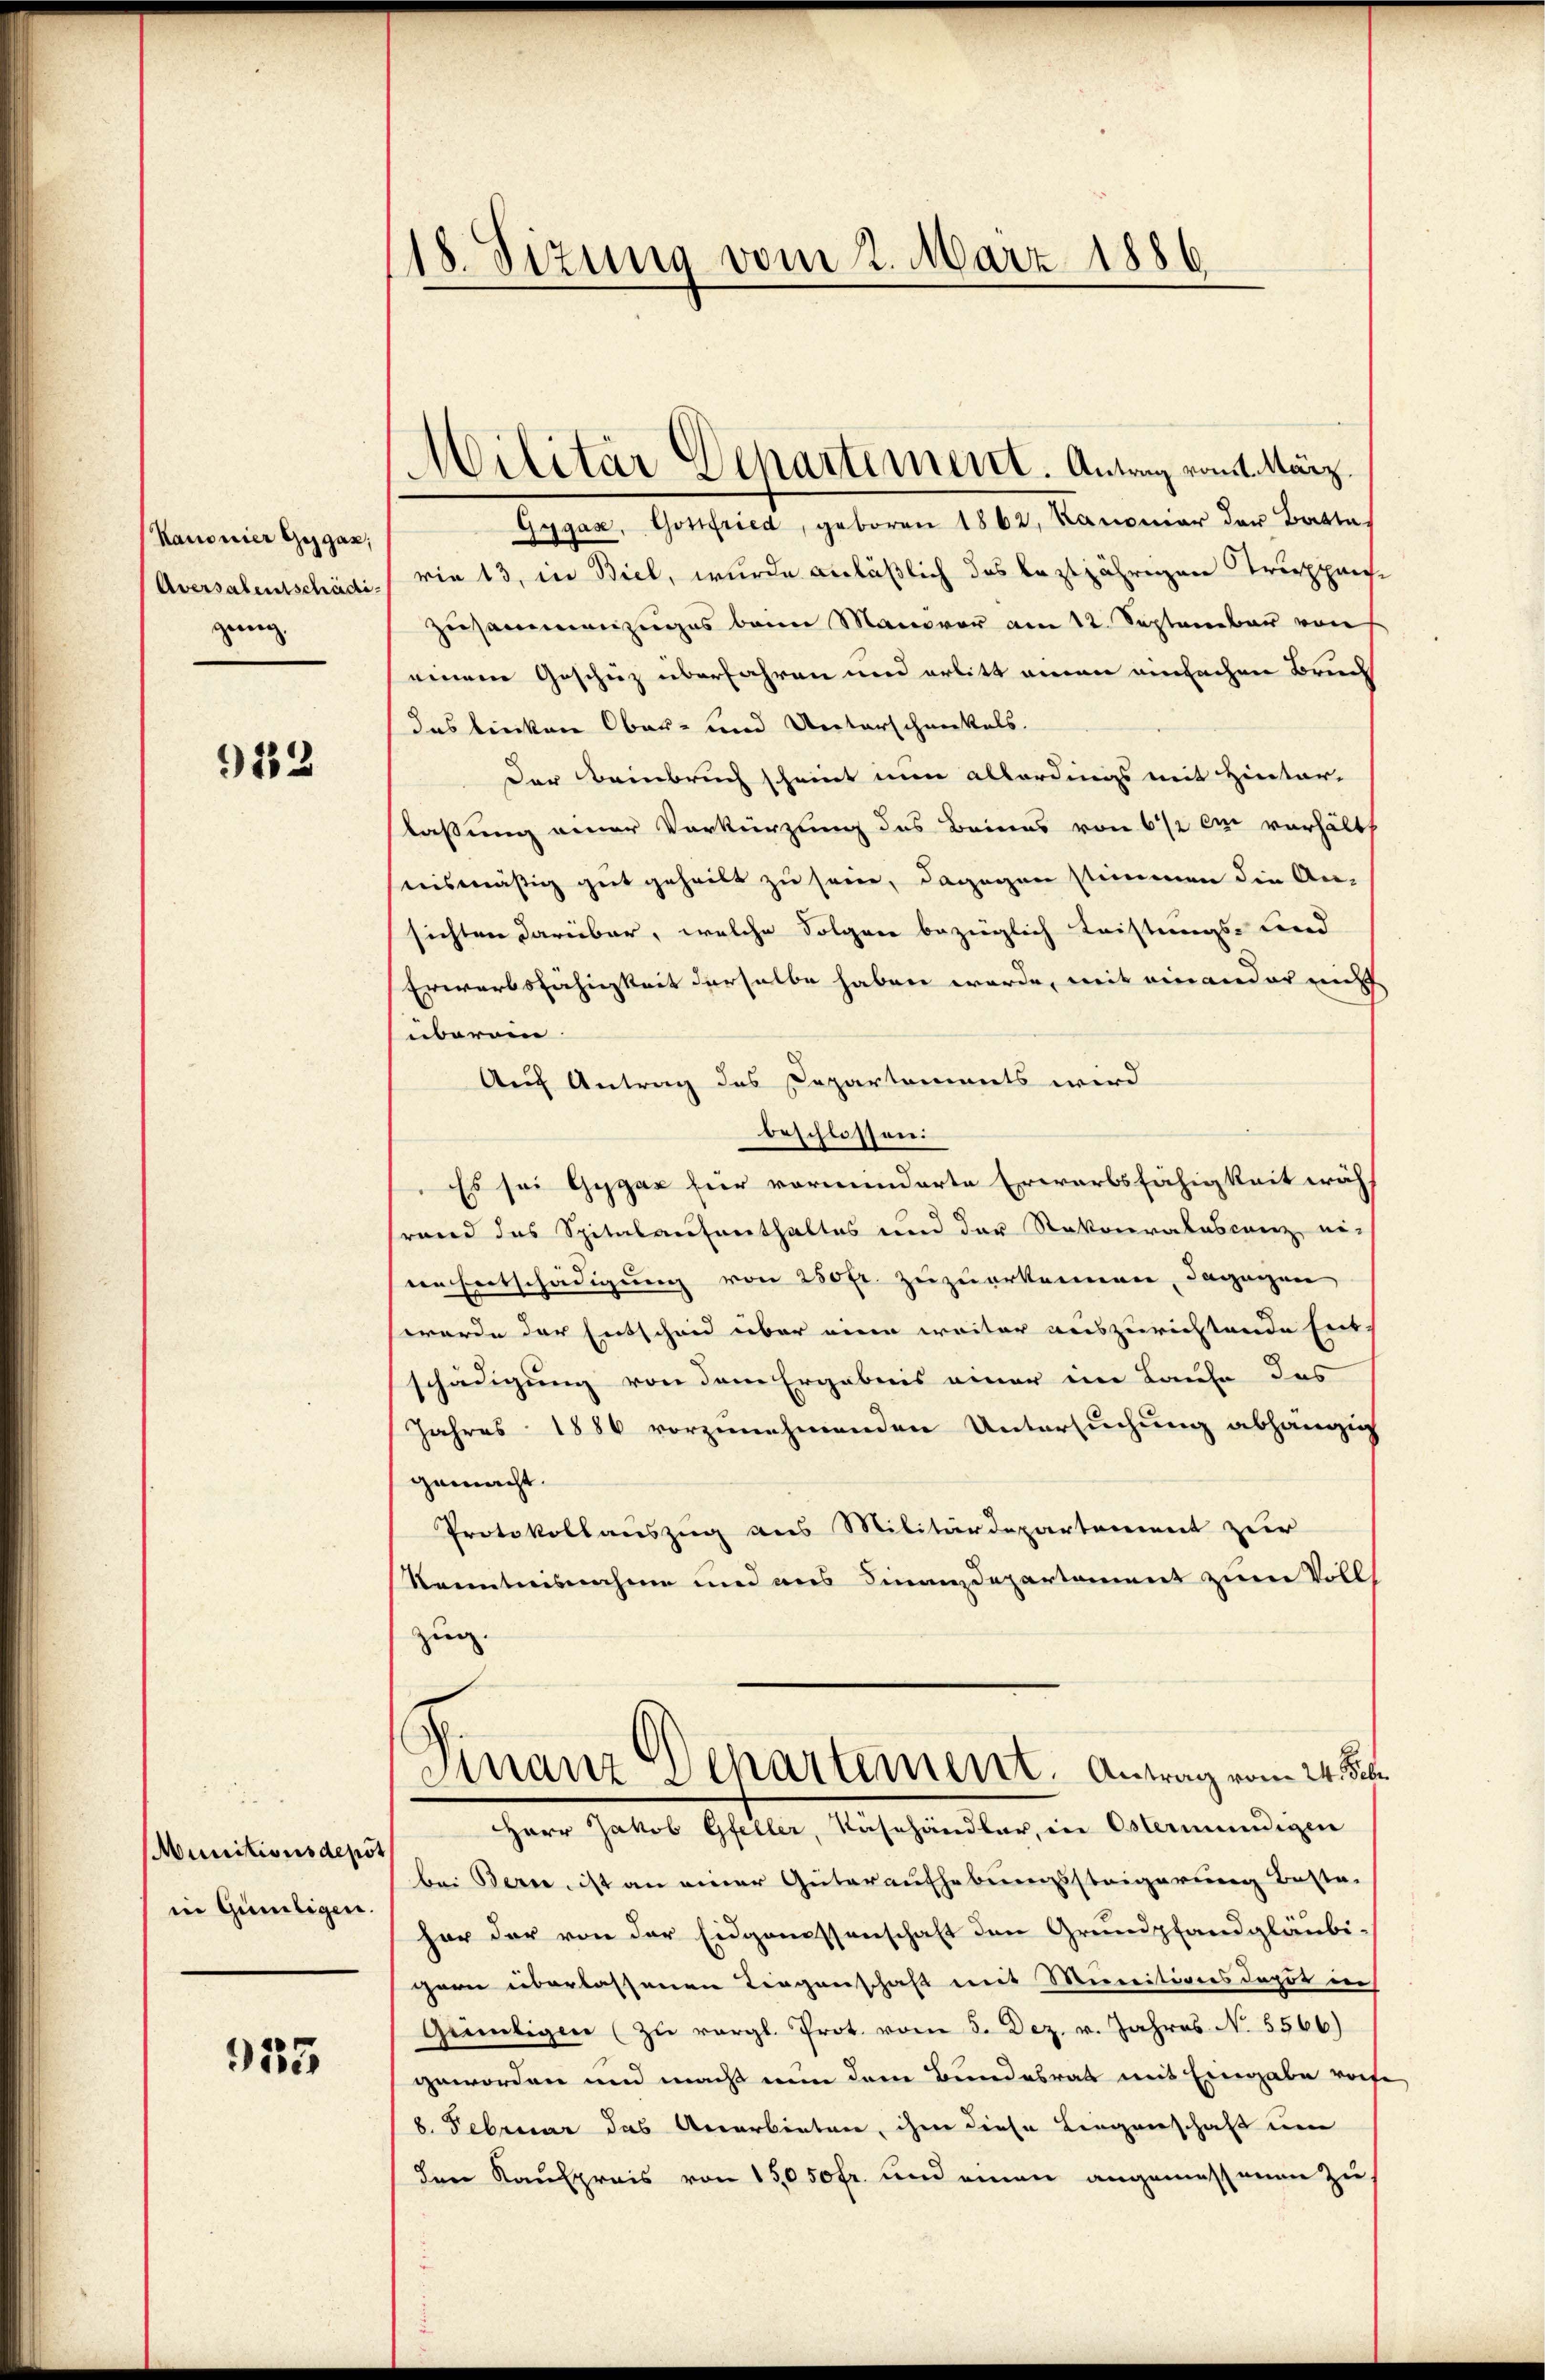
Kanonier Gegen;
Aversalentschädi
gung.

932

Munitionsdeput
in Güniligen.

935

18. Sizung vom 2. März 1886

Gygas, Gottfried, geboren 1862, Kanonier der Batte,
rie 13, in Biel, wurde anläßlich das leztjährigen Truppach¬
Zusammenzuges beim Manover am 12. September von
einem Geschüz überfahren und erbitt einen einfachen Bruch
das linken Ober- und Unterschenkels.
Der Beinbruch scheint nun allerdings mit Hinter-
laßung einer Verkürzung des Beines von 6 1/2 cm verhält
nismäßig gut geheilt zu sein, dagegen stimmen die An-
sichten darüber, welche Folger bezieglich Leistungs- Fried
Erwerbsfähigkeit derselbe haben werde, weit einander nicht
überein.
Auf Antrag des Departements wird
beschlossen:
Es sei Gygar für vorminderte Erwarbsfähigkeit wäh
rand das Spitalaufenthaltes und der Rekoratscanz ei-
en Entschädigung von 250 fr. zuzuerkennen, dagegen
werde der Entscheid über eine weiter auszurichtende Erb-
schädigung von dem Ergebnis einer im Laufe des
Jahres 1886 vorzunehmenden Untersuchung abhängig
gemacht.
Protokollauszug aus Militärdepartement zur
Kenntnisnahme und ans Finanzdepartement zum Volls
zug.
Finanz Departement.   Antrag vom 24. Febr.
Herr Jakob Gfeller, Nähehändler, in Ostermündigen
bei Berne, ist an einer Güteraufhebungssteigerung besta-
hor der von der Eidgenossenschaft den Grundpfandgläubi-
gern überlassenen Liegenschaft mit Meereitiones depot in
Geiligen (zu vergl. Prot. vom 5. Dez. v. Jahres No. 5566)
geworden und macht nun dem Bundesrat mit Eingabe vorhe
8. Februar das Aerarbieten, ihm diese Liegenschaft um
den Kaufpreis von 15050 fr. und einen angemessenen Zu¬

Militär Departement. Antrag vom März.